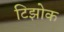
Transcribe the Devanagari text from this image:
टिझोक